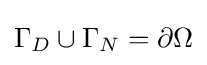
{\Gamma _{D}}\cup {\Gamma _{N}}={\partial \Omega }